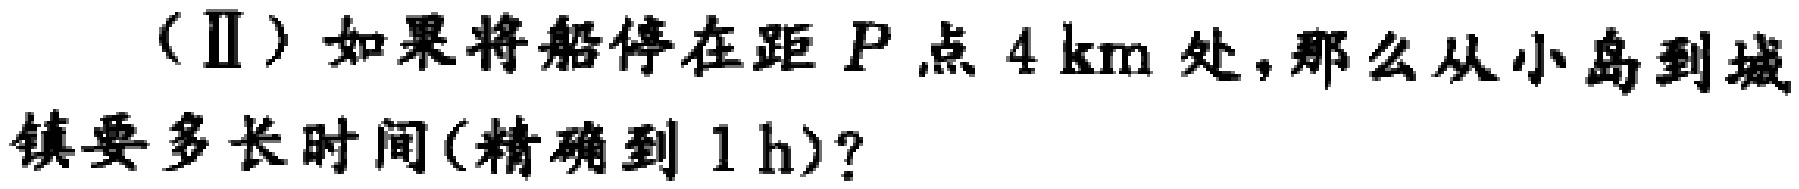
（Ⅱ）如果将船停在距 \(P\) 点 \(4\mathrm{km}\) 处，那么从小岛到城镇要多长时间(精确到 \(1\mathrm{h}\))？